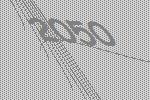
2050